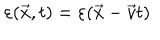
LaTeX: \varepsilon ( \vec { x } , t ) = \varepsilon ( \vec { x } - \vec { v } t )